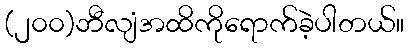
(၂၀၀)ဘီလျံအထိကိုရောက်ခဲ့ပါတယ်။